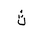
Letter: _tha